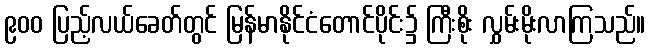
၉၀၀ ပြည့်လယ်ခေတ်တွင် မြန်မာနိုင်ငံတောင်ပိုင်း၌ ကြီးစိုး လွှမ်းမိုးလာကြသည်။